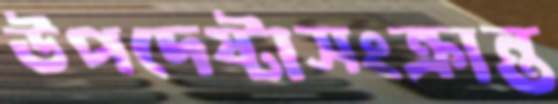
উপদেষ্টাসংক্রান্ত